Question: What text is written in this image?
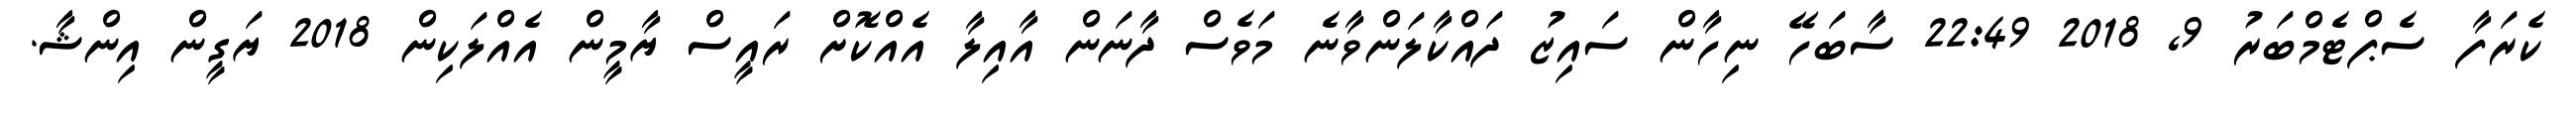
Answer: ކެރަފާ ސެޕްޓެމްބަރު 9, 2018 22:49 ސާބަހޭ ނިހާން ސައިޒު ދައްކާލަންވާނެ މަވެސް ދާނަން އާއިލާ އެއްކޮށް ރައީސް ޔާމީން އެއްލަކިން 2018 ޔަގީން އިންޝާ.